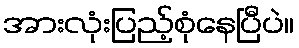
အားလုံးပြည့်စုံနေပြီပဲ။